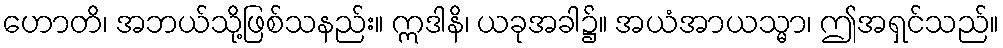
ဟောတိ၊ အဘယ်သို့ဖြစ်သနည်း။ ဣဒါနိ၊ ယခုအခါ၌။ အယံအာယသ္မာ၊ ဤအရှင်သည်။